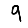
Digit: 9